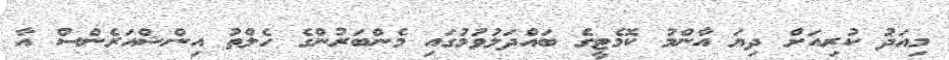
މިއަދު ކުރިއަށް ދިޔަ އާންމު ކޮމެޓީގެ ބައްދަލުވުމުގައި މެންބަރުންގެ ހެލްތު އިންޝްއަރެންސް އާ